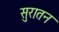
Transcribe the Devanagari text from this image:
सुरातन